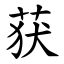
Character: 获